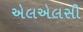
એલએલસી